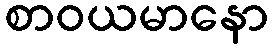
စာဝယမာနော